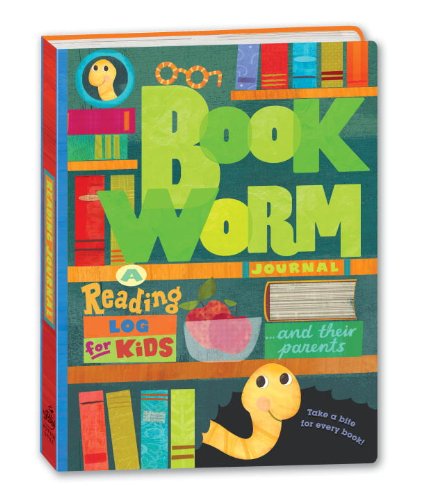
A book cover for Bookworm Journal: A Reading Log for Kids (and Their Parents); Potter Style; Parenting & Relationships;